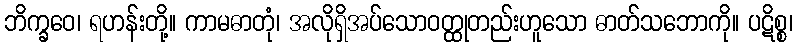
ဘိက္ခဝေ၊ ရဟန်းတို့။ ကာမဓာတုံ၊ အလိုရှိအပ်သောဝတ္ထုတည်းဟူသော ဓာတ်သဘောကို။ ပဋိစ္စ၊